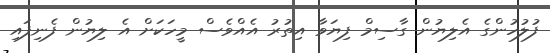
ފުލުހުންގެ އެލިޔުން ގާސިމް ފިޔަވާ އިތުރު އެއްވެސް މީހަކަށް އެ ލިޔުން ފެނިފައި